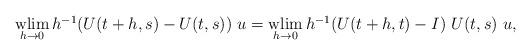
LaTeX: \begin{align*} \begin{array}{ll} \mathop{\rm wlim}\limits_{h \to 0} h^{-1} (U(t+h,s) - U(t,s)) ~u = \mathop{\rm wlim}\limits_{h \to 0} h^{-1}(U(t+h,t) - I) ~ U(t,s) ~u, \end{array} \end{align*}